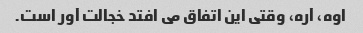
اوه، آره، وقتی این اتفاق می افتد خجالت آور است.